Preliminary report on an investigation into the etiology of Oriental sore in Cambay - Number 50
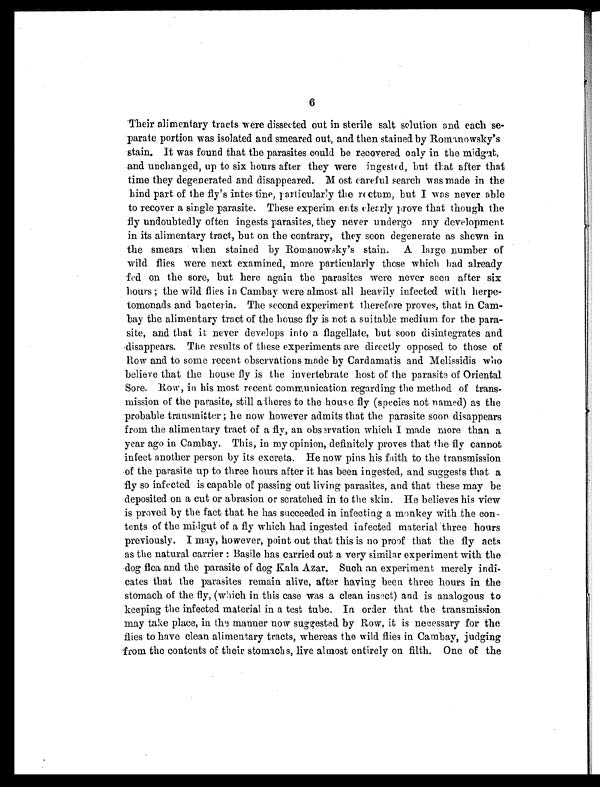
6
Their alimentary tracts were dissected out in sterile salt solution and each se-
parate portion was isolated and smeared out, and then stained by Romanowsky's
stain. It was found that the parasites could be recovered only in the midgut,
and unchanged, up to six hours after they were ingested, but that after that
time they degenerated and disappeared. Most careful search was made in the
hind part of the fly's intestine, particularly the rectum, but I was never able
to recover a single parasite. These experim ents clearly prove that though the
fly undoubtedly often ingests parasites, they never undergo any development
in its alimentary tract, but on the contrary, they soon degenerate as shewn in
the smears when stained by Romanowsky's stain. A large number of
wild flies were next examined, more particularly those which had already
fed on the sore, but here again the parasites were never seen after six
hours ; the wild flies in Cambay were almost all heavily infected with herpe-
tomonads and bacteria. The second experiment therefore proves, that in Cam-
bay the alimentary tract of the house fly is not a suitable medium for the para-
site, and that it never develops into a flagellate, but soon disintegrates and
disappears. The results of these experiments are directly opposed to those of
Row and to some recent observations made by Cardamatis and Melissidis who
believe that the house fly is the invertebrate host of the parasite of Oriental
Sore. Row, in his most recent communication regarding the method of trans-
mission of the parasite, still a theres to the house fly (species not named) as the
probable transmitter ; he now however admits that the parasite soon disappears
from the alimentary tract of a fly, an observation which I made more than a
year ago in Cambay. This, in my opinion, definitely proves that the fly cannot
infect another person by its excreta. He now pins his faith to the transmission
of the parasite up to three hours after it has been ingested, and suggests that a
fly so infected is capable of passing out living parasites, and that these may be
deposited on a cut or abrasion or scratched in to the skin. He believes his view
is proved by the fact that he has succeeded in infecting a monkey with the con-
tents of the midgut of a fly which had ingested infected material three hours
previously. I may, however, point out that this is no proof that the fly acts
as the natural carrier : Basile has carried out a very similar experiment with the
dog flea and the parasite of dog Kala Azar. Such an experiment merely indi-
cates that the parasites remain alive, after having been three hours in the
stomach of the fly, (which in this case was a clean insect) and is analogous to
keeping the infected material in a test tube. In order that the transmission
may take place, in. the manner now suggested by Row, it is necessary for the
flies to have clean alimentary tracts, whereas the wild flies in Cambay, judging
from the contents of their stomachs, live almost entirely on filth. One of the